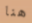
هنا